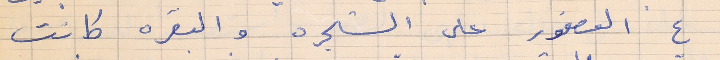
ع العصفور على الشجره والبقره كانت